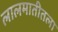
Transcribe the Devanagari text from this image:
लालमातीतला